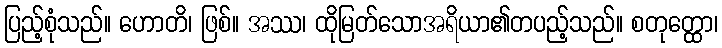
ပြည့်စုံသည်။ ဟောတိ၊ ဖြစ်။ အဿ၊ ထိုမြတ်သောအရိယာ၏တပည့်သည်။ စတုတ္ထော၊